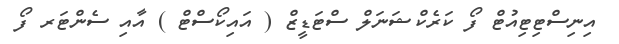
އިނިސްޓިޓިއުޓް ފޯ ކަރެކްޝަނަލް ސްޓަޑީޒް ( އައިކޯސްޓް ) އާއި ސެންޓަރ ފޯ